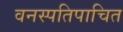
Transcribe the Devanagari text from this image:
वनस्पतिपाचित